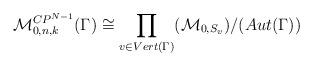
LaTeX: \begin{align*}{\cal M}_{0,n,k}^{CP^{N-1}}(\Gamma) \cong \prod_{v \in Vert(\Gamma)}({\cal M}_{0,S_{v}})/(Aut(\Gamma))\end{align*}